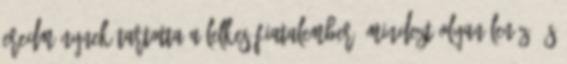
eredménynek tartotta a lelkes fiatalember. Mindezt olyan lenéző és